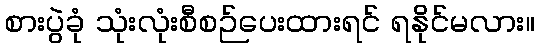
စားပွဲခုံ သုံးလုံးစီစဉ်ပေးထားရင် ရနိုင်မလား။